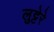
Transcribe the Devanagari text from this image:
लुट्टेरे